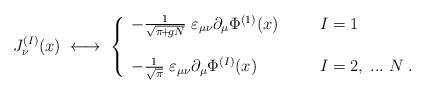
LaTeX: \begin{align*}J^{(I)}_\nu(x) \; \longleftrightarrow \;\left\{ \begin{array}{ll}- \frac{1}{\sqrt{\pi\!+\!gN}} \;\varepsilon_{\mu \nu} \partial_\mu \Phi^{(1)}(x) \; \; \; \; \; \; & I = 1 \\\; & \; \\- \frac{1}{\sqrt{\pi}} \;\varepsilon_{\mu \nu} \partial_\mu \Phi^{(I)}(x) \; \; \; \; \; \;& I = 2,\; ... \; N \; .\end{array} \right.\end{align*}